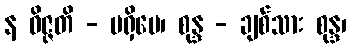
န ဝိဇ္ဇတိ - မရှိပေ၊ စုန္ဒ - ချစ်သား စုန္ဒ၊